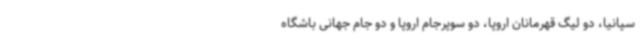
سپانیا، دو لیگ قهرمانان اروپا، دو سوپرجام اروپا و دو جام جهانی باشگاه